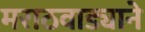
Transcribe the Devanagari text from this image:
मराठवाड्याने